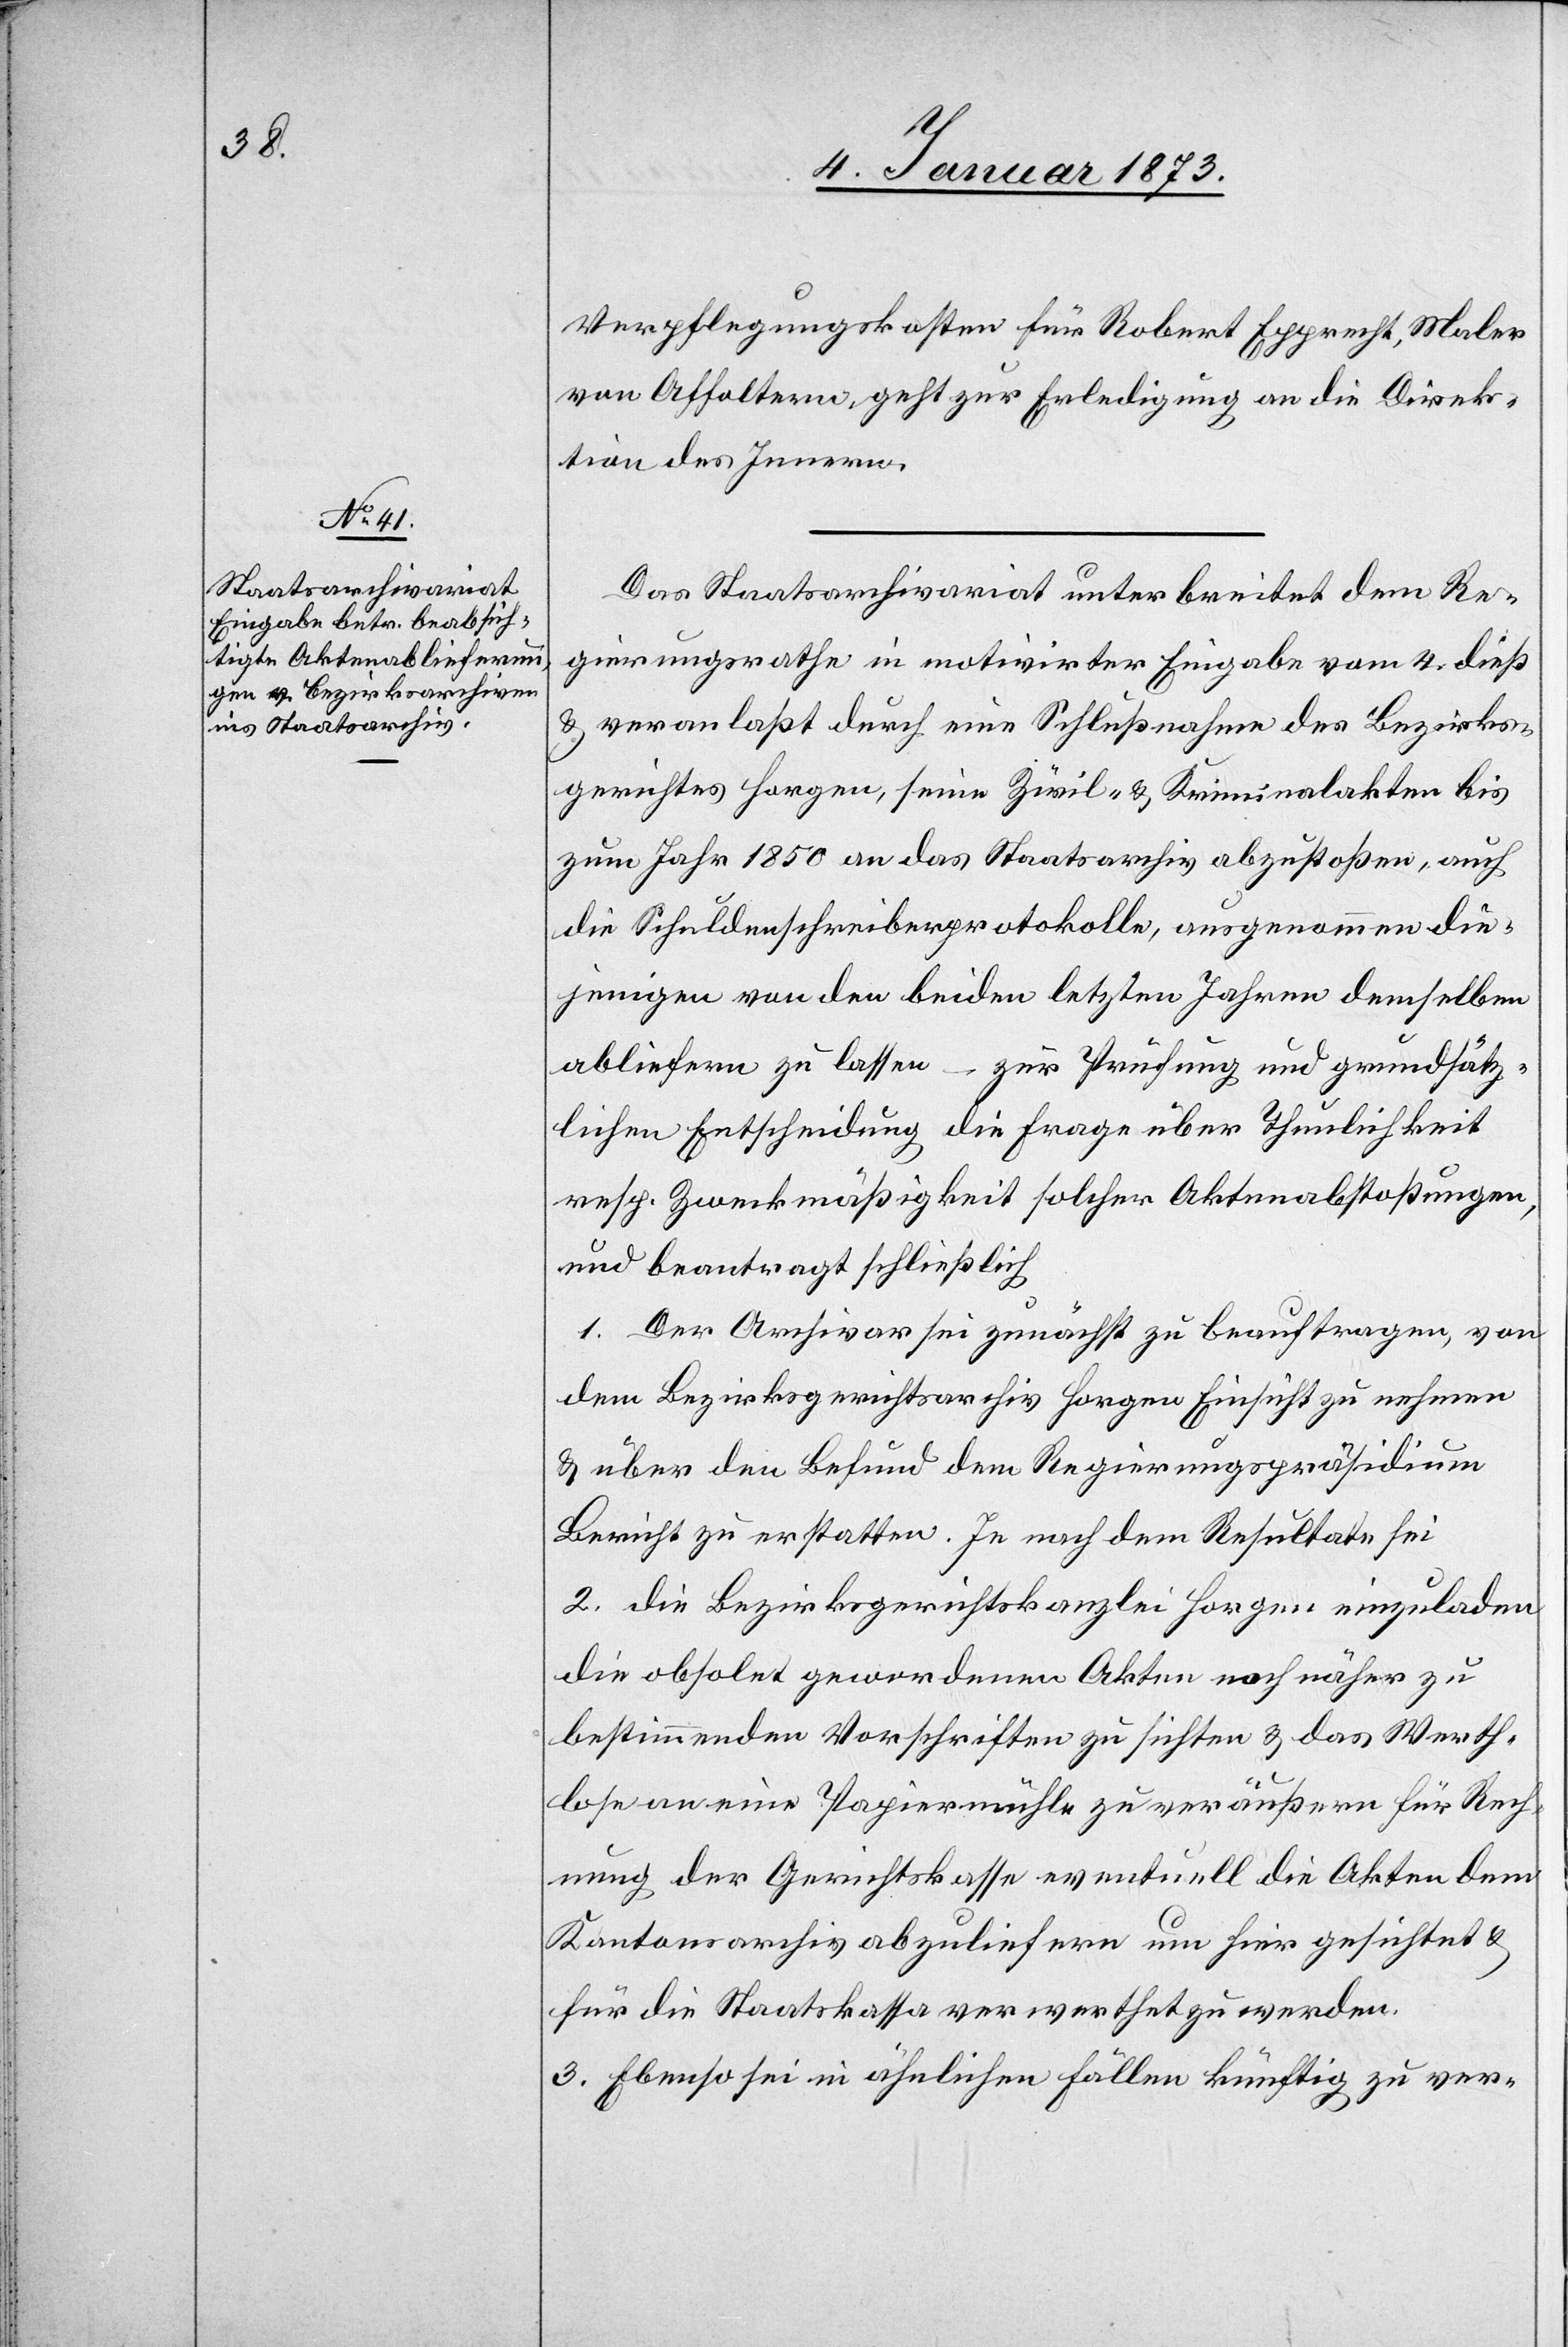
7. Januar 1873]
Verpflegungskosten für Robert Epprecht, Maler
von Affoltern geht zur Erledigung an die Direk¬
tion des Innern.
Das Staatsarchivariat unterbreitet dem Re¬
gierungsrathe in motivirter Eingabe vom 4. dieß
u. veranlaßt durch eine Schlußnahme des Bezirks¬
gerichtes Horgen, seine Zivil- & Kriminalakten bis
zum Jahr 1850 an das Staatsarchiv abzustoßen, auch
die Schuldenschreiberprotokolle, ausgenommen die¬
jenigen von den beiden letzten Jahren demselben
abliefern zu lassen – zur Prüfung und grundsätz¬
lichen Entscheidung die Frage über Thunlichkeit
resp. Zweckmäßigkeit solcher Aktenabstoßungen,
und beantragt schließlich
1. Der Archivar sei zunächst zu beauftragen, von
dem Bezirksgerichtsarchiv Horgen Einsicht zu nehmen
u. über den Befund dem Regierungspräsidium
Bericht zu erstatten. Je nach dem Resultate sei
2. die Bezirksgerichtskanzlei Horgen einzuladen[,]
die obsolet gewordenen Akten nach näher zu
bestimmenden Vorschriften zu sichten u. das Werth¬
lose an eine Papiermühle zu veräußern [oder] für Rech¬
nung der Gerichtskasse eventuell die Akten dem
Kantonsarchiv abzuliefern[,] um hier gesichtet &
für die Staatskassa verwertet zu werden.
3. Ebenso sei in ähnlichen Fällen künftig zu ver-